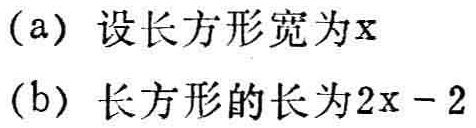
(a) 设长方形宽为\(x\)
(b) 长方形的长为\(2x - 2\)